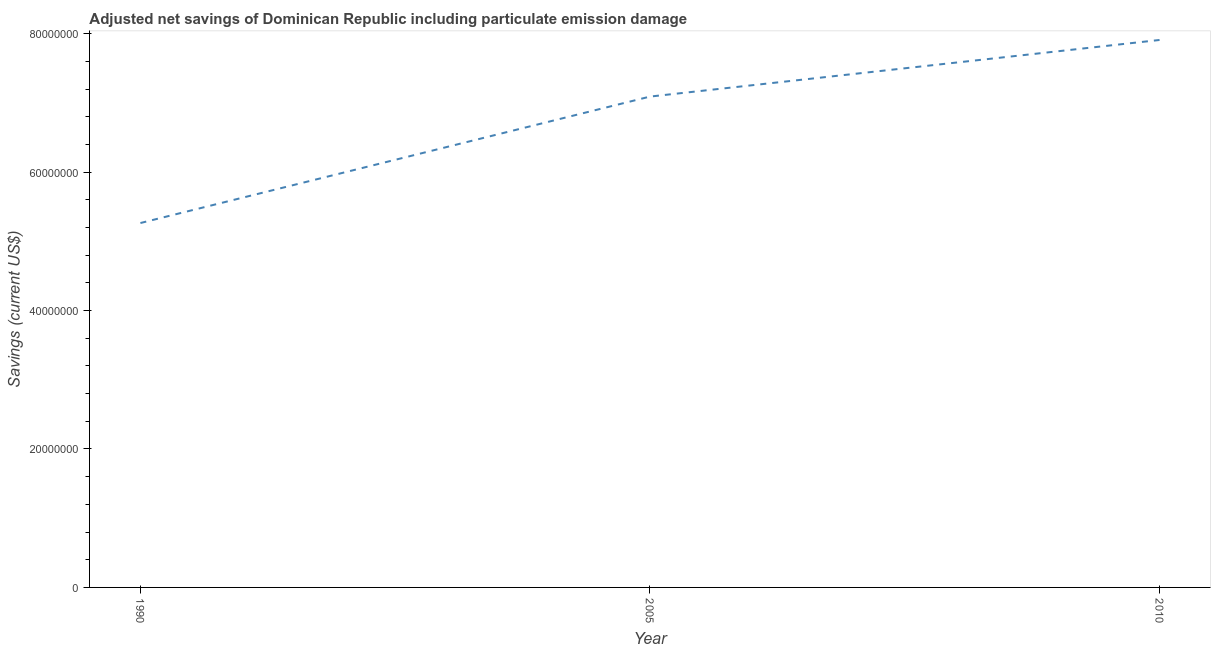
| Year | Adjusted savings: particulate emission damage (current US$) |
 | --- | --- |
 | 1990 | 5.26e+07 |
 | 2005 | 7.09e+07 |
 | 2010 | 7.91e+07 |